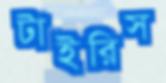
টাইরিস